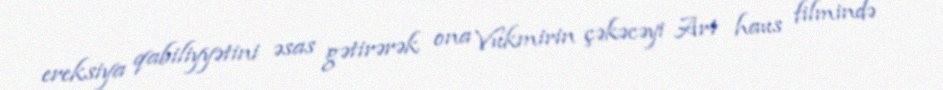
ereksiya qabiliyyətini əsas gətirərək ona Vukmirin çəkəcəyi Art haus filmində